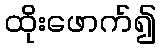
ထိုးဖောက်၍